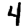
Digit: 4